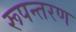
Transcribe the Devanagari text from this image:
रूपन्तरण